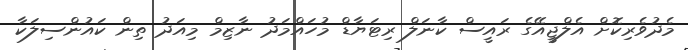
މެދުވެރިކޮށް އެލްޖީއޭގެ ރައީސް ކާނަލް ރިޓަޔާޑް މުހައްމަދު ނާޒިމް މިއަދު ތިން ކައުންސިލަކާ